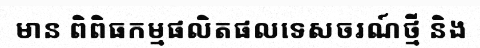
មាន ពិពិធកម្មផលិតផលទេសចរណ៍ថ្មី និង